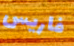
فاريس